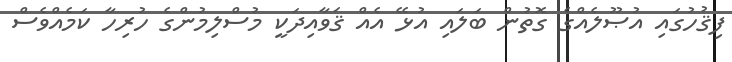
ފިޤުހުގައި އުޞޫލެއްގެ ގޮތުން ބަލައި އުޅޭ އެއް ޤަވާއިދަކީ މުސްލިމުންގެ ހުރިހާ ކަމެއްވެސް